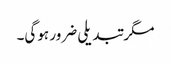
مگر تبدیلی ضرور ہوگی۔